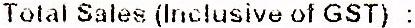
TOTAL SALES (INCLUSIVE OF GST) :